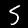
Digit: 5